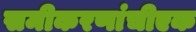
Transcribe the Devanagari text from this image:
समीकरणांचीएक